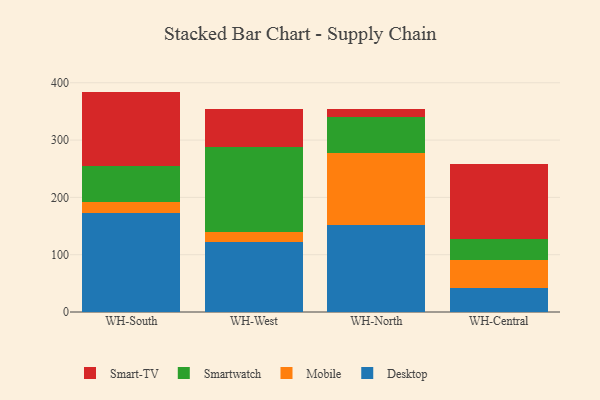
{"axis": {"x": "Warehouse", "y": "Website Visitors"}, "legend": ["Desktop", "Mobile", "Smart-TV", "Smartwatch"], "data": [{"x": "WH-South", "y": 172.1, "type": "Desktop"}, {"x": "WH-South", "y": 20.5, "type": "Mobile"}, {"x": "WH-South", "y": 61.4, "type": "Smartwatch"}, {"x": "WH-South", "y": 130.6, "type": "Smart-TV"}, {"x": "WH-West", "y": 121.7, "type": "Desktop"}, {"x": "WH-West", "y": 17.2, "type": "Mobile"}, {"x": "WH-West", "y": 148.4, "type": "Smartwatch"}, {"x": "WH-West", "y": 67.1, "type": "Smart-TV"}, {"x": "WH-North", "y": 151.2, "type": "Desktop"}, {"x": "WH-North", "y": 126.7, "type": "Mobile"}, {"x": "WH-North", "y": 62.7, "type": "Smartwatch"}, {"x": "WH-North", "y": 14.4, "type": "Smart-TV"}, {"x": "WH-Central", "y": 41.2, "type": "Desktop"}, {"x": "WH-Central", "y": 48.8, "type": "Mobile"}, {"x": "WH-Central", "y": 36.9, "type": "Smartwatch"}, {"x": "WH-Central", "y": 131.7, "type": "Smart-TV"}]}